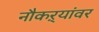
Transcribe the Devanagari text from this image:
नौकऱ्यांवर